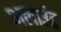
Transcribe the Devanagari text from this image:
अलाउंट